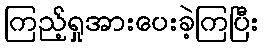
ကြည့်ရှုအားပေးခဲ့ကြပြီး